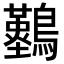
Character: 𪇠